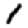
Digit: 1